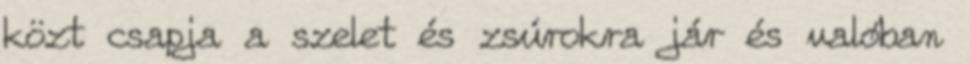
közt csapja a szelet és zsúrokra jár és valóban